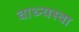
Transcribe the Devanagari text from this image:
वाध्न्यस्वा